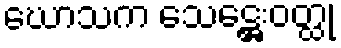
ဃောသက သေဋ္ဌေးဝတ္ထု